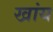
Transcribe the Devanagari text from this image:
खांय